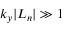
k _ { y } | L _ { n } | \gg 1